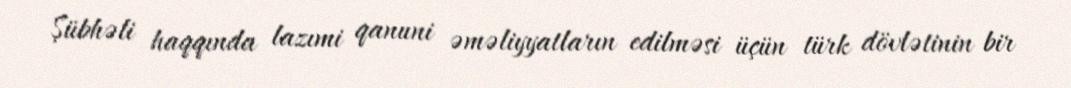
Şübhəli haqqında lazımi qanuni əməliyyatların edilməsi üçün türk dövlətinin bir